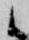
候